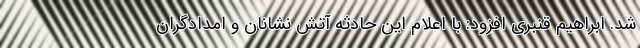
شد. ابراهیم قنبری افزود: با اعلام این حادثه آتش نشانان و امدادگران